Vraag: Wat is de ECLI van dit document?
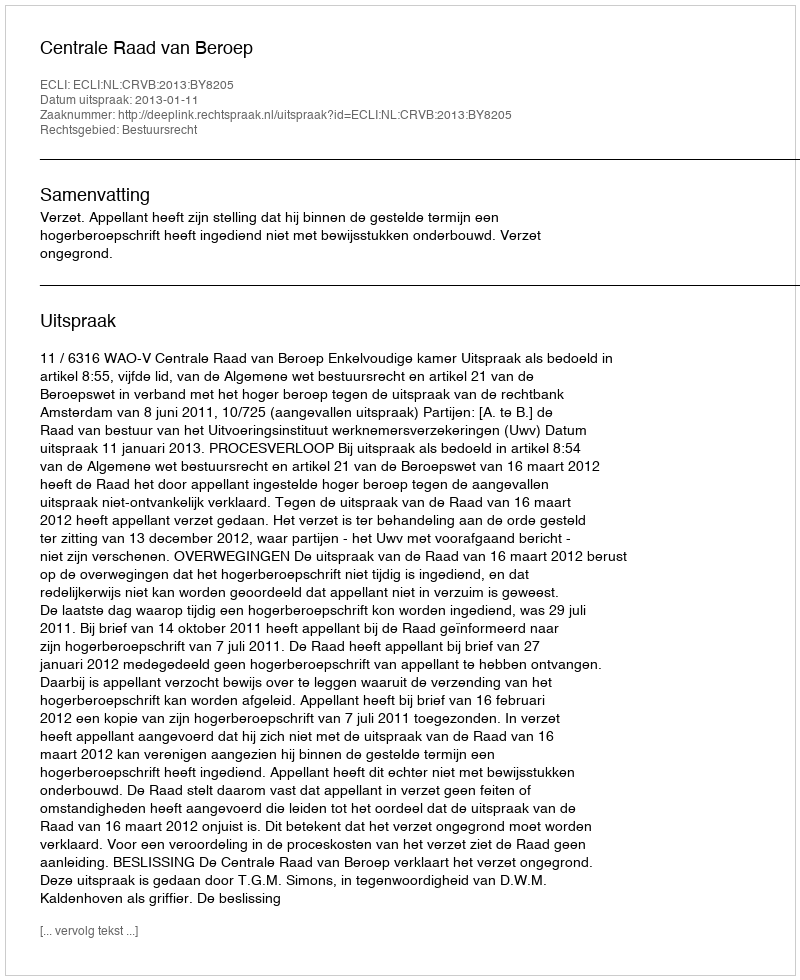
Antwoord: ECLI:NL:CRVB:2013:BY8205